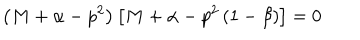
\left( M + \alpha - p ^ { 2 } \right) \left[ M + \alpha - p ^ { 2 } \left( 1 - \beta \right) \right] = 0